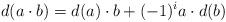
LaTeX: \begin{align*}d(a\cdot b)=d(a)\cdot b+(-1)^{i}a\cdot d(b)\end{align*}